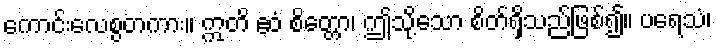
ကောင်းလေစွတကား။ ဣတိ ဧဝံ စိတ္တော၊ ဤသို့သော စိတ်ရှိသည်ဖြစ်၍။ ပရေသံ၊